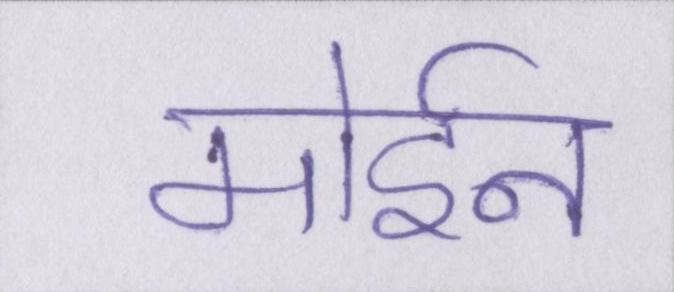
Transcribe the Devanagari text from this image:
मोईन